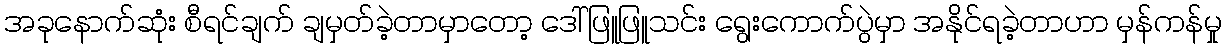
အခုနောက်ဆုံး စီရင်ချက် ချမှတ်ခဲ့တာမှာတော့ ဒေါ်ဖြူဖြူသင်း ရွေးကောက်ပွဲမှာ အနိုင်ရခဲ့တာဟာ မှန်ကန်မှု